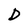
Character: D